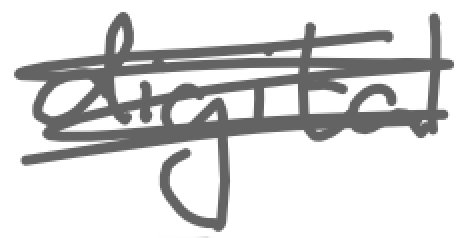
Text: digital
Cross-out: scratch
Writing tool: digital_gray